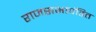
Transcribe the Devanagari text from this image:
राजसभापंडित